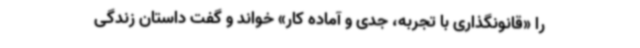
را «قانونگذاری با تجربه، جدی و آماده کار» خواند و گفت داستان زندگی